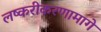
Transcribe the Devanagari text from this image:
लष्करीकरणामागे